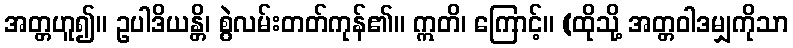
အတ္တဟူ၍။ ဥပါဒိယန္တိ၊ စွဲလမ်းတတ်ကုန်၏။ ဣတိ၊ ကြောင့်။ (ထိုသို့ အတ္တဝါဒမျှကိုသာ